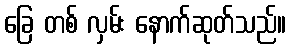
ခြေ တစ် လှမ်း နောက်ဆုတ်သည်။